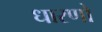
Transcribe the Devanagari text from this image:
धारणो